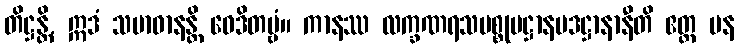
တိဋ္ဌန္တိ, ဣဒံ သမာဓာနန္တိ ဝေဒိတဗ္ဗံ။ ကာနဿ လက္ခဏရသပစ္စုပဋ္ဌာနပဒဋ္ဌာနာနီတိ ဧတ္ထ ပန